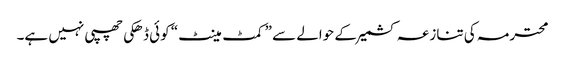
محترمہ کی تنازعہ کشمیر کے حوالے سے ”کمٹ مینٹ“ کوئی ڈھکی چھپی نہیں ہے۔